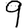
Digit: 9